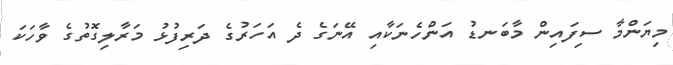
މިޔަންމާ ސިފައިން މާބަނޑު އަންހެނަކާއި އޭނަގެ ދެ އަހަރުގެ ދަރިފުޅު މަރާލިގޮތުގެ ވާހަކަ